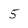
Character: 5